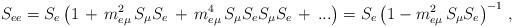
LaTeX: \begin{align*} S_{ee} = S_e\left(1\,+\,m_{e\mu}^2 \,S_\mu S_e \,+\, m_{e\mu}^4 \,S_\mu S_e S_\mu S_e \,+\, ...\right) = S_e\left(1 - m_{e\mu}^2 \,S_\mu S_e \right)^{-1}\,,\end{align*}